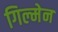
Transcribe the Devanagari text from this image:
गिल्मेन